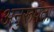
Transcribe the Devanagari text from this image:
अनुरूपंता